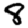
Digit: 8